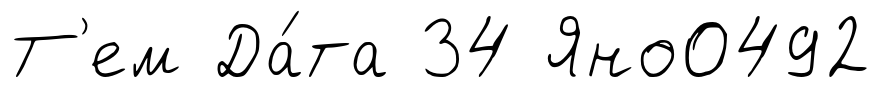
Т'ем Да́та 34 Яно0492